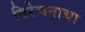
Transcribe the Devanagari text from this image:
विरेचनाचा